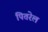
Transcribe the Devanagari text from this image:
पितरेल